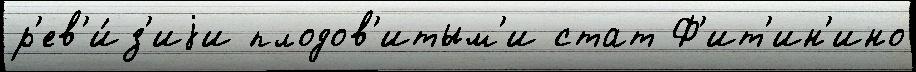
р'ев'и́з'иjи плодов'итым'и стат Ф'ит'ин'ино